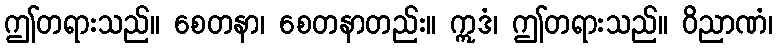
ဤတရားသည်။ စေတနာ၊ စေတနာတည်း။ ဣဒံ၊ ဤတရားသည်။ ဝိညာဏံ၊